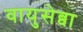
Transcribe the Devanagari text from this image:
वायुसेब्वा